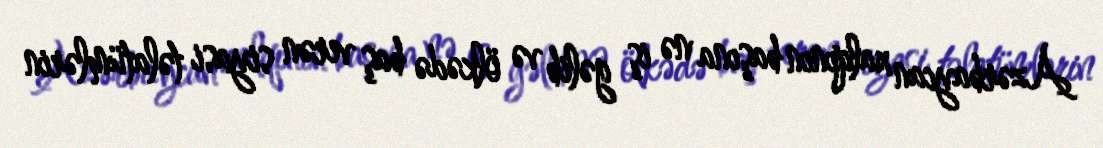
Azərbaycan xalqının başına nə iş gəlib və ölkədə baş verən siyasi təlatümlərin